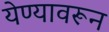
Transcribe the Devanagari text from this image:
येण्यावरून